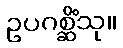
ဥပဂစ္ဆိံသု။